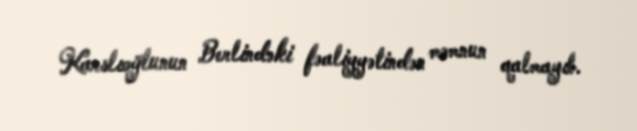
Karslıoğlunun Berlindəki fəaliyyətindən məmnun qalmayıb.